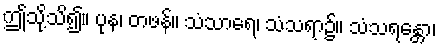
ဤသို့သိ၍။ ပုန၊ တဖန်။ သံသာရေ၊ သံသရာ၌။ သံသရန္တော၊